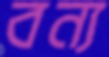
বন্য